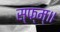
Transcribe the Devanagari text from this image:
स्फ्म्॥